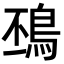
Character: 䲹